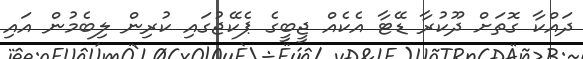
ދައްކާ ގޮތަށް ދޫކުރާ ޑޭޓާ އެކެއް ޖީބީގެ ޕެކޭޖުގައި ކުރިން ލިބެމުން އައި